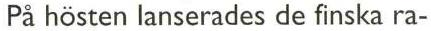
På hösten lanserades de finska ra-